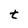
Character: t